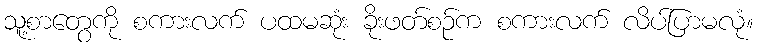
သူ့စာတွေကို စကားလက် ပထမဆုံး ခိုးဖတ်စဉ်က စကားလက် လိပ်ပြာမလုံ။